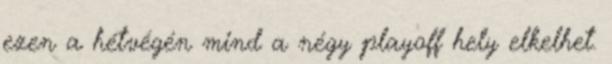
ezen a hétvégén mind a négy playoff hely elkelhet.